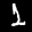
Label: 1